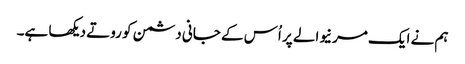
ہم نے ایک مرنیوالے پر اُس کے جانی دشمن کو روتے دیکھا ہے۔